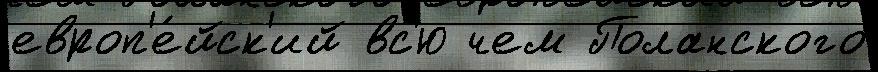
европ'е́йск'ий вс'ю чем Поланского